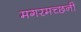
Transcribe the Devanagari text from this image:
मगरमच्छनी